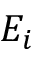
E _ { i }